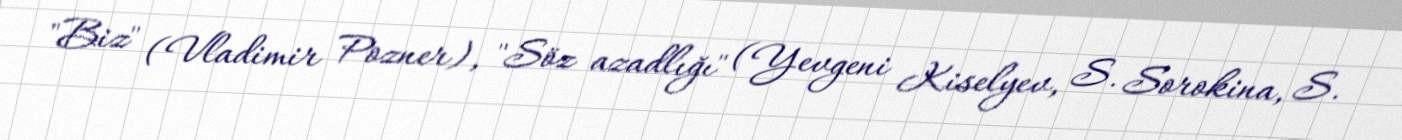
"Biz" (Vladimir Pozner), "Söz azadlığı" (Yevgeni Kiselyev, S. Sorokina, S.